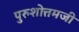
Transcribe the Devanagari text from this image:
पुरुशोत्तमजी